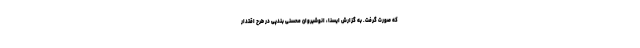
که صورت گرفت. به گزارش ایسنا، انوشیروان محسنی بندپی در طرح اقتدار